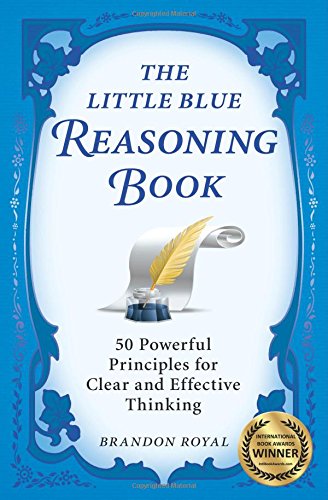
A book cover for The Little Blue Reasoning Book: 50 Powerful Principles for Clear and Effective Thinking (3rd Edition); Brandon Royal; Test Preparation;